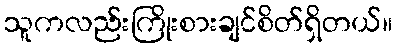
သူကလည်းကြိုးစားချင်စိတ်ရှိတယ်။